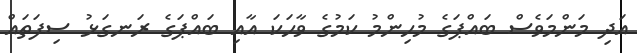
އަދި މަންމަވެސް ބައްޕަގެ މުހިންމު ކަމުގެ ވާހަކަ އާއި ބައްޕަގެ ރަނގަޅު ސިފަތައް